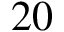
2 0